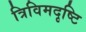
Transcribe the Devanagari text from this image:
त्रिविमदृष्टि